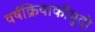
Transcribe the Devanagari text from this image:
वर्षक्रियाकौमुदी